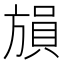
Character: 𪯾